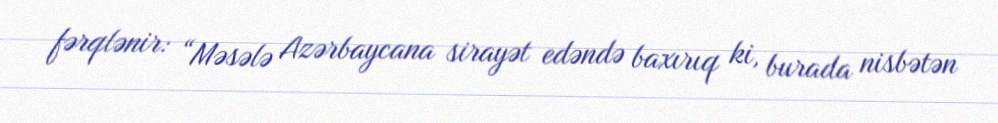
fərqlənir: “Məsələ Azərbaycana sirayət edəndə baxırıq ki, burada nisbətən